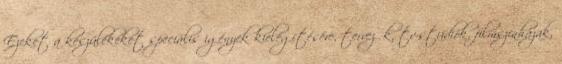
Ezeket a készülékeket speciális igények kielégítésére, tervezők, tv-stúdiók, filmszínházak,